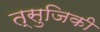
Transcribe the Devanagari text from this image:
त्सुजिकी